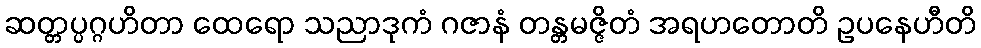
ဆတ္တပ္ပဂ္ဂဟိတာ ထေရော သညာဒုကံ ဂဇာနံ တန္တမဇ္ဇိတံ အရဟတောတိ ဥပနေဟီတိ